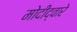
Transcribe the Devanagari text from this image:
मोदींद्वारे